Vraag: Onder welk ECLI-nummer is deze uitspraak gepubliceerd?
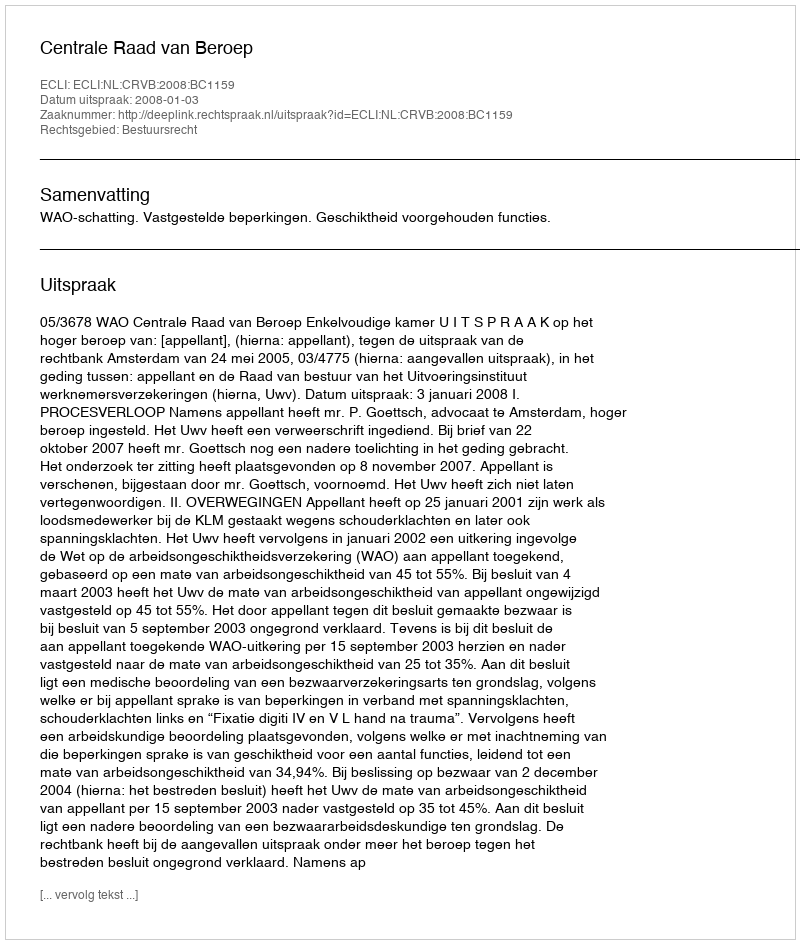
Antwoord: ECLI:NL:CRVB:2008:BC1159